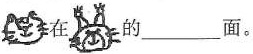
在 的___面。